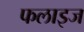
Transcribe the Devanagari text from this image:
फलाइज